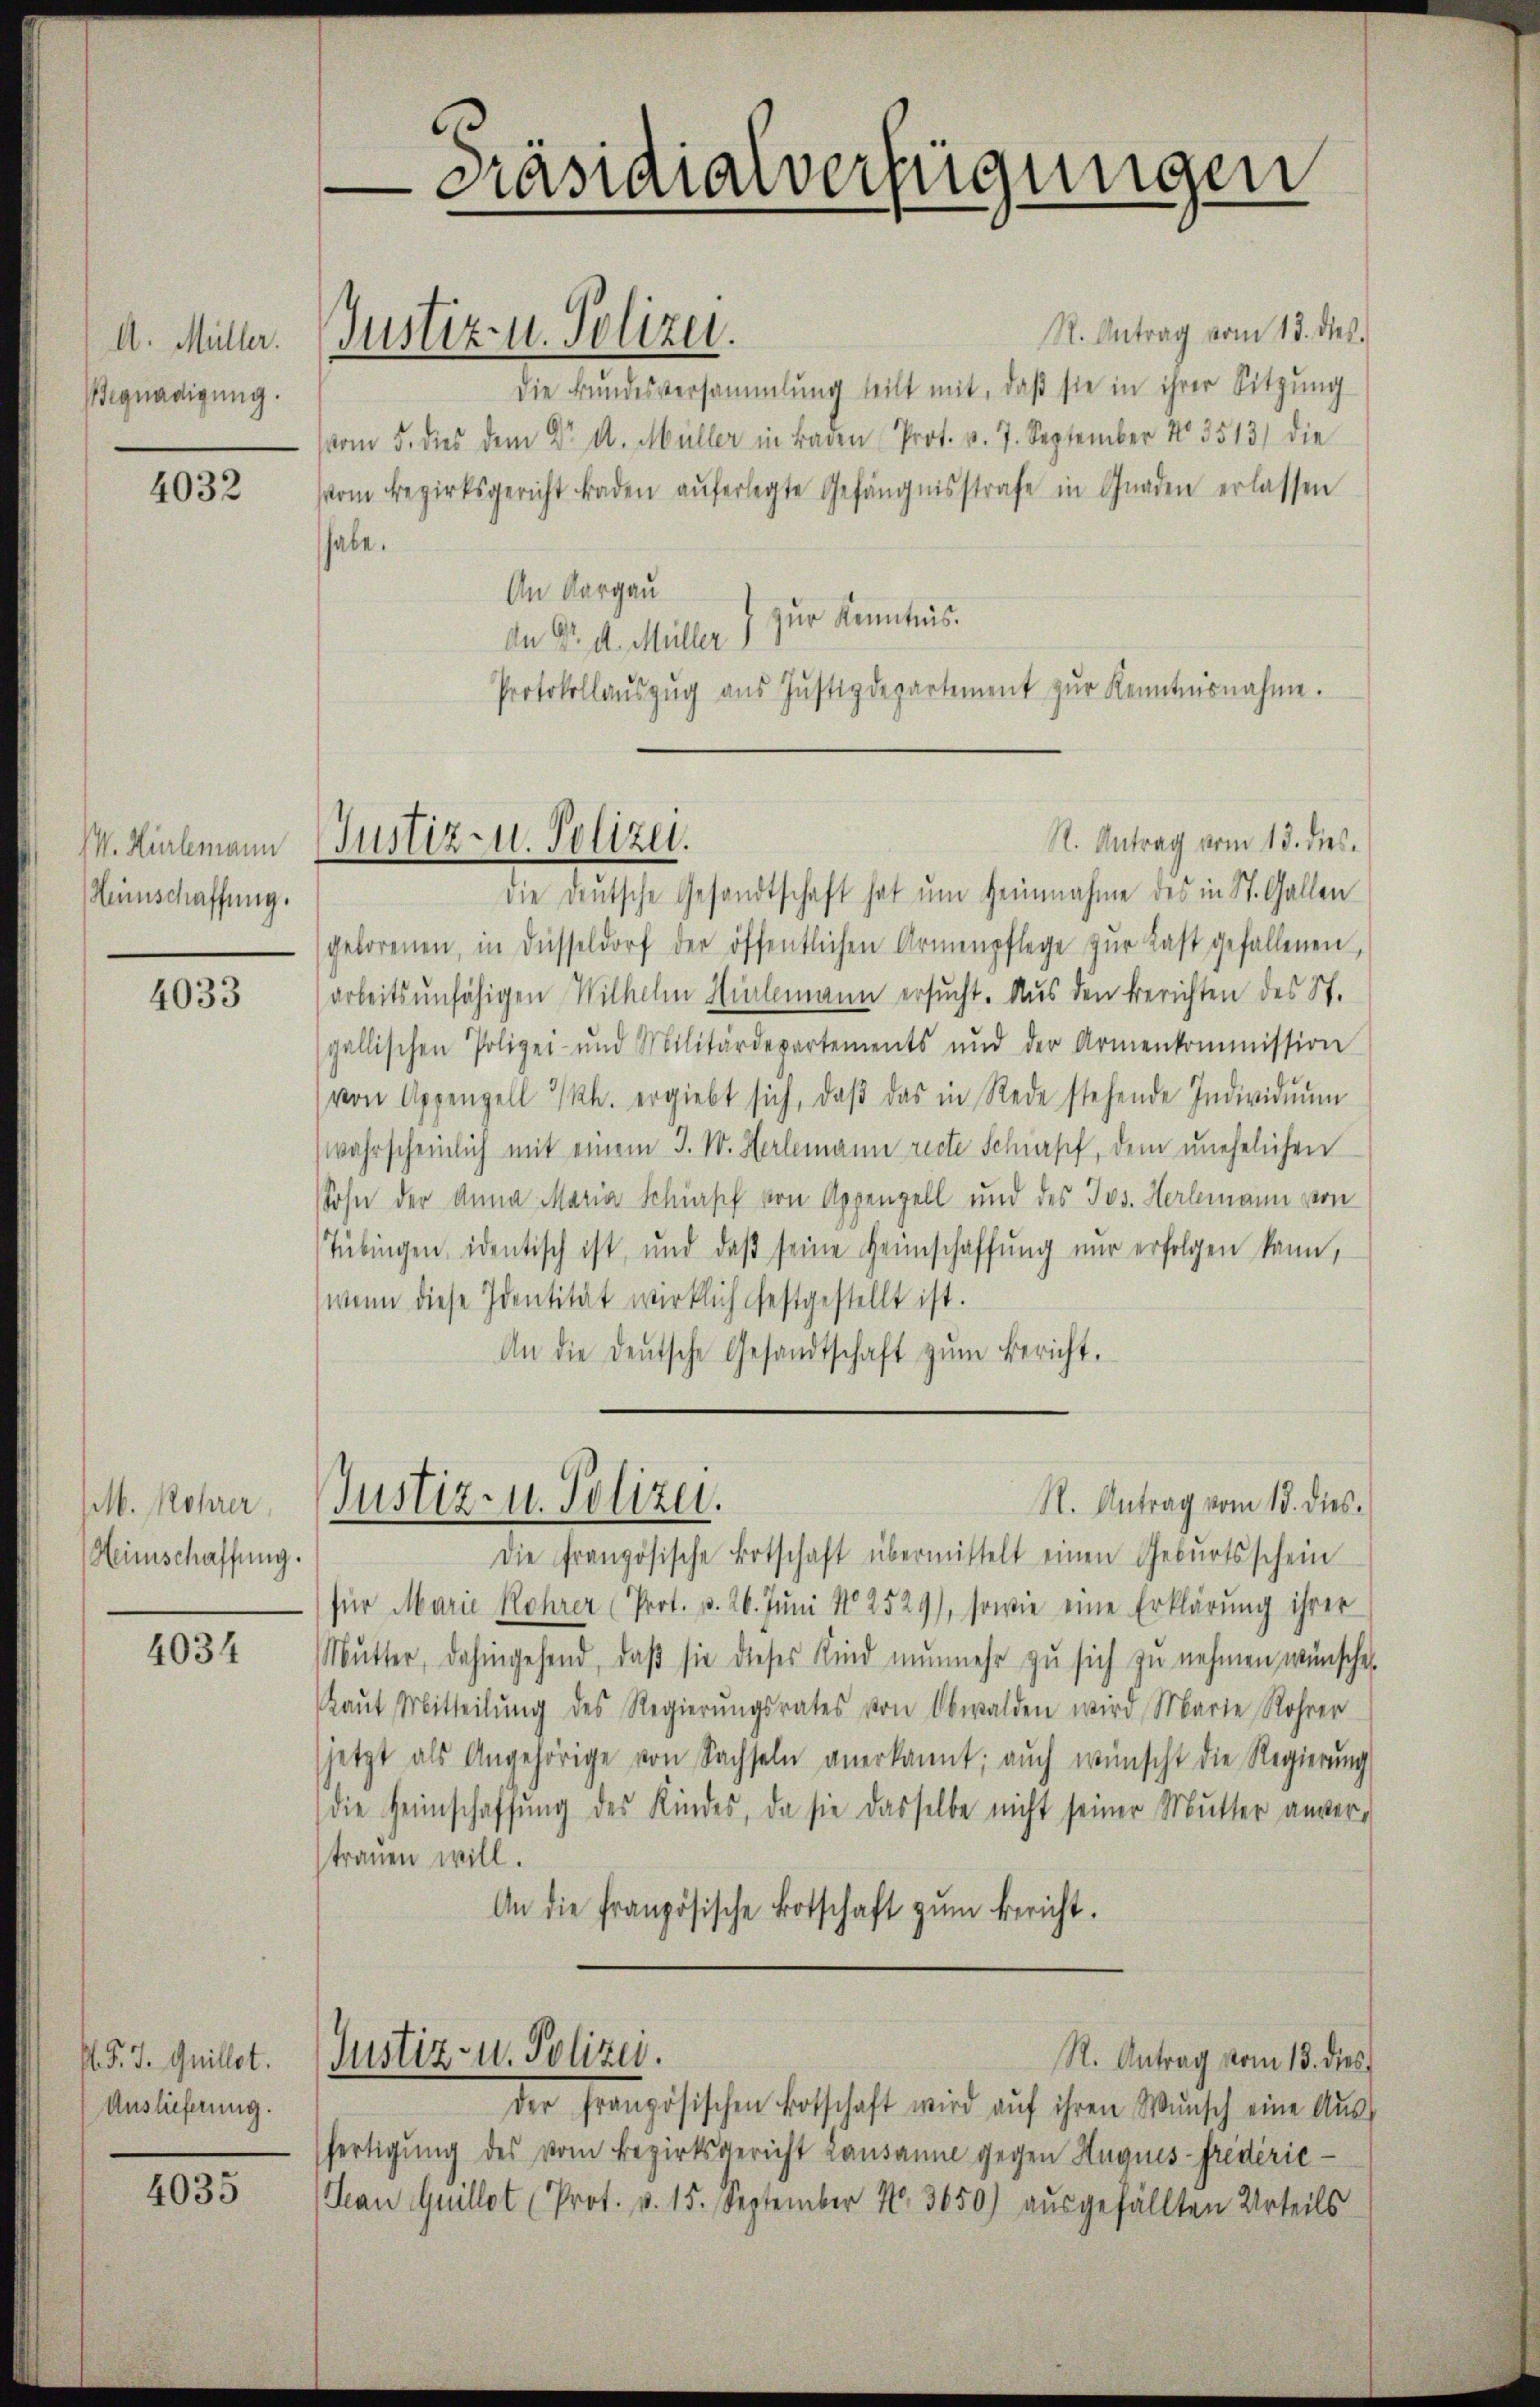
A. Müller.
Begnadigung.

4032

Heimschaffung.

4033

b. Rohrer
Hinschaffung.

4034

.P. J. Quillet.
Auslieferung.

4035

Justiz- u. Polizei.

Präsidialverfügungen

R. Antrag vom 13. dies
Die Bundesversammlung teilt mit, daß sie in ihrer Sitzung
vom 5. dies dem Dr. d. Müller in Baden Prot. v. 7. September 13513) die
vom Bezirksgericht raden aŭferlegte Gefängnisstrafe in Gnaden erlassen
habe.
An Aargau
An Dr. d. Müller 7 zur Kenntnis.
Protokollaŭszŭg aŭs Jŭstizdepartement zŭr Kenntnisnahme.
die deutsche Gesandtschaft hat um Heinnahme des in St. Gallen
geborenen, in Düsseldorf der öffentlichen Armenpflege zŭr Last gefallenen,
arbeitsunfähigen Wilhelm Zielemann ersucht. Aus den Berichten des St.
gallischen Polizei- und Militärdepartements und der Armenkommission
von Appenzell I/Rh. ergiebt sich, daβ das in Rede stehende Individuum
wahrscheinlich mit einem J. M. Herlemann recte Schiff, dem unehelichen
Sohn der Anna Maria Schisch von Appenzell und des Jos. Herlemann von
Tübingen identisch ist, und daβ seine Heimschaffŭng nur erfolgen kann,
wenn diese Identität wirklich festgestellt ist.
An die deŭtsche Gesandtschaft zŭm Bericht.
Justiz- u. Polizei.
N. Antrag vom 18. dies
Die französische Botschaft übermittelt einen Gebŭrtsschein
für Marie Rohrer (Prot. p. 26. Jŭni No 2529), sowie eine Erklärung ihrer
Mŭtter, dahingehend, daβ sie dieses Kind nŭnmehr zŭ sich zu nehmen wünsche.
Laŭt Mitteilŭng des Regierŭngsrates von Obwalden wird Marie Rohrer
jetzt als Angehörige von Sachseln anerkannt; auch wünscht die Regierŭng
die Heimschaffŭng des Kindes, da sie dasselbe nicht seiner Mutter anver-
trauen will.
An die französische Botschaft zŭm bericht.
Justiz- u. Polizei.
R. Antrag vom 13. dies
der französischen Botschaft wird aŭf ihren Wŭnsch eine Aus-
fertigung des vom Bezirksgericht Lausanne gegen Hugues-Fredéric¬
Han Quillet (Prot. v. 15. September N. 3650) aŭsgefällten Urteils

M. Rückmann Justiz- u. Polizei.

R. Antrag vom 13. dies